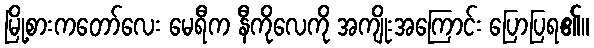
မြို့စားကတော်လေး မေရီက နီကိုလေကို အကျိုးအကြောင်း ပြောပြရ၏။